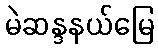
မဲဆန္ဒနယ်မြေ